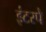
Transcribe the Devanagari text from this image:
इंटरपे